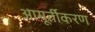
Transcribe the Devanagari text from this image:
आमूर्तीकरण